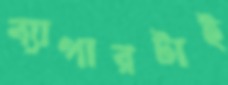
ব্যাপারটাই